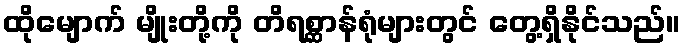
ထိုမျောက် မျိုးတို့ကို တိရစ္ဆာန်ရုံများတွင် တွေ့ရှိနိုင်သည်။